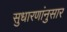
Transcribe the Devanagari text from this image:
सुधारणांनुसार